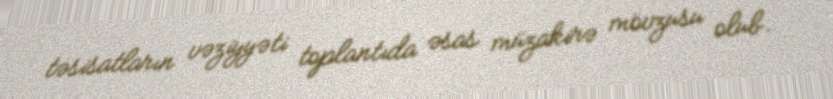
təsisatların vəziyyəti toplantıda əsas müzakirə mövzusu olub.